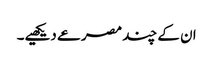
ان کے چند مصرعے دیکھیے۔